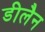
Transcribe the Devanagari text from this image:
डीलैन